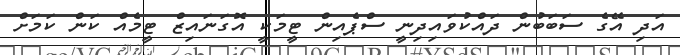
އަދި އޭގެ ސަބަބުން ދައްކުވައިދިނީ ސްޕެއިން ޓީމަކީ އޮގަނައިޒް ޓީމެއް ކަން ކަމަށް